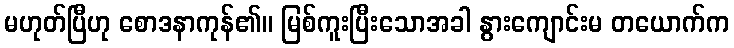
မဟုတ်ပြီဟု စောဒနာကုန်၏။ မြစ်ကူးပြီးသောအခါ နွားကျောင်းမ တယောက်က